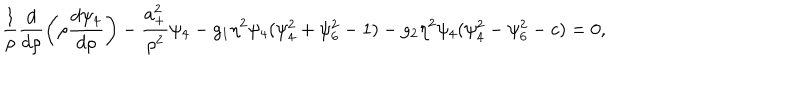
LaTeX: \frac { 1 } { \rho } \frac { d } { d \rho } \left( \rho \frac { d \psi _ { 4 } } { d \rho } \right) - \frac { a _ { + } ^ { 2 } } { \rho ^ { 2 } } \psi _ { 4 } - g _ { 1 } \eta ^ { 2 } \psi _ { 4 } ( \psi _ { 4 } ^ { 2 } + \psi _ { 6 } ^ { 2 } - 1 ) - g _ { 2 } \eta ^ { 2 } \psi _ { 4 } ( \psi _ { 4 } ^ { 2 } - \psi _ { 6 } ^ { 2 } - c ) = 0 ,